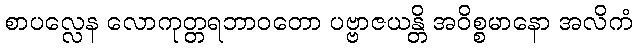
စာပလ္လေန လောကုတ္တရဘာဝတော ပဗ္ဗာဇယန္တိ အဝိစ္စမာနော အလိကံ